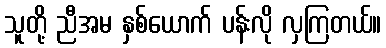
သူတို့ ညီအမ နှစ်ယောက် ပန်းလို လှကြတယ်။